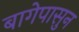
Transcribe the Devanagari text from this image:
बागेपासुन